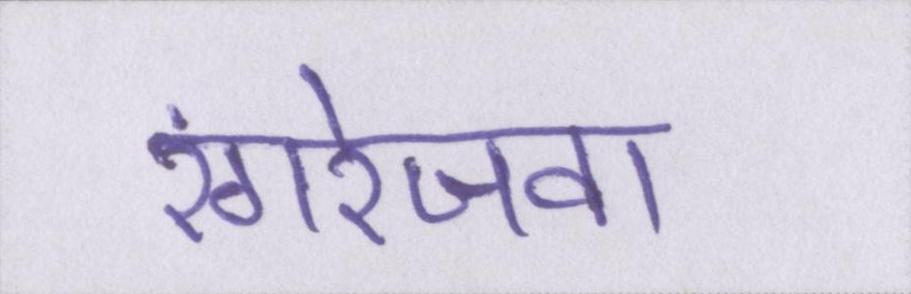
रंगरेजवा